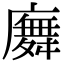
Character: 𢋑